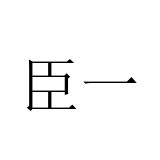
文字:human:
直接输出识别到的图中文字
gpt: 臣一